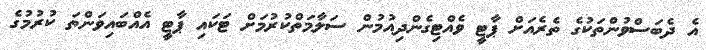
އެ ދެބަސްވުންތަކުގެ ތެރެއަށް ޕާޓީ ވެއްޓިގެންދިއުމުން ސަލާމަތްކުރުމަށް ޓަކައި ޕާޓީ އެއްބައިވަންތަ ކުރުމުގެ